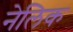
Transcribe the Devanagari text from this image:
नेलिक